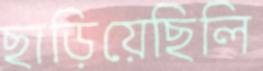
ছাড়িয়েছিলি